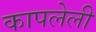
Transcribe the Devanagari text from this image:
कापलेली